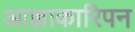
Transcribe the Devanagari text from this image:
आज्ञाकारिपन